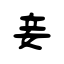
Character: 妾